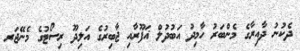
ދެކުނު ދާއިރާގެ މެންބަރު ހާމިދު އަބުދުލް ޣަފޫރާއި ޖާބިރުގެ އަލިދޫ ރިސޯޓުގެ މެނޭޖަރ